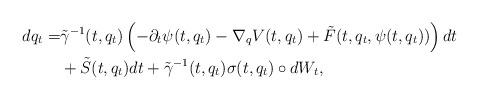
LaTeX: \begin{align*}dq_t=&\tilde\gamma^{-1}(t,q_t)\left(-\partial_t\psi(t,q_t)-\nabla_qV(t,q_t)+\tilde F(t,q_t,\psi(t,q_t))\right) dt\\& +\tilde S(t,q_t)dt+\tilde\gamma^{-1}(t,q_t)\sigma(t,q_t)\circ dW_t,\end{align*}